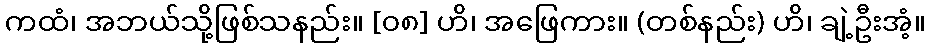
ကထံ၊ အဘယ်သို့ဖြစ်သနည်း။ [၀၈] ဟိ၊ အဖြေကား။ (တစ်နည်း) ဟိ၊ ချဲ့ဦးအံ့။